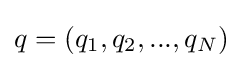
q=(q_{1},q_{2},...,q_{N})